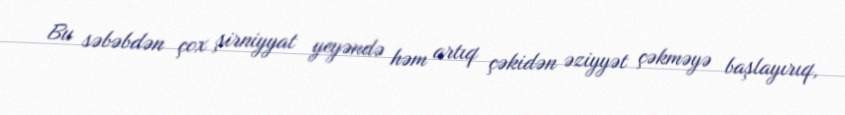
Bu səbəbdən çox şirniyyat yeyəndə həm artıq çəkidən əziyyət çəkməyə başlayırıq,